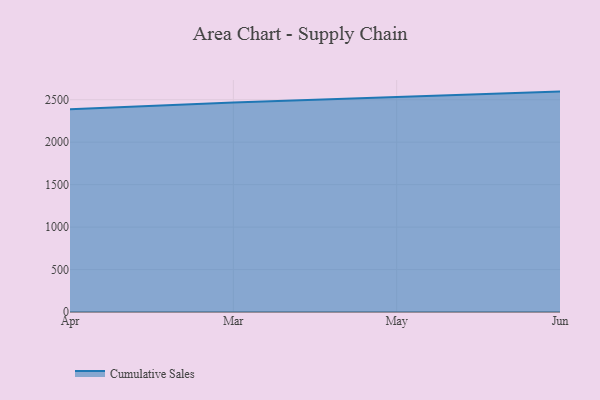
{"axis": {"x": "Month", "y": "Gross Profit (USD K)"}, "legend": ["Cumulative Sales"], "data": [{"x": "Apr", "y": 2386.6, "type": "Cumulative Sales"}, {"x": "Mar", "y": 2467.7, "type": "Cumulative Sales"}, {"x": "May", "y": 2530.7, "type": "Cumulative Sales"}, {"x": "Jun", "y": 2595.6, "type": "Cumulative Sales"}]}